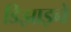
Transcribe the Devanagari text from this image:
डिझाइने